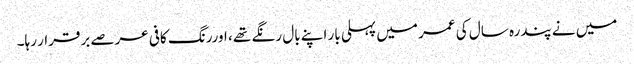
میں نے پندرہ سال کی عمر میں پہلی بار اپنے بال رنگے تھے ، اوررنگ کافی عرصے برقرار رہا۔